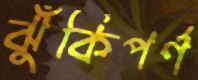
ঝুঁকিপর্ণ